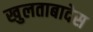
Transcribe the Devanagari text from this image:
खुलताबादेस